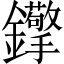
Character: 𨰈